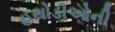
હથોડીઓની